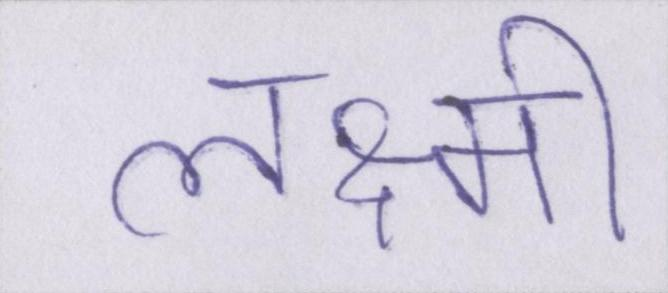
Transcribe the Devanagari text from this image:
लक्ष्मी